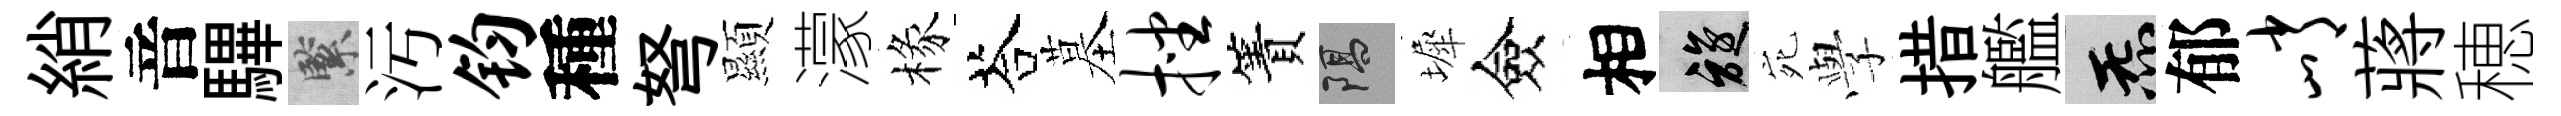
綃音驆緊汚钧種弩顯濛椽荅墓挫簀隔墀僉相旋宛𫝯措艦炁郁峭蔣穂